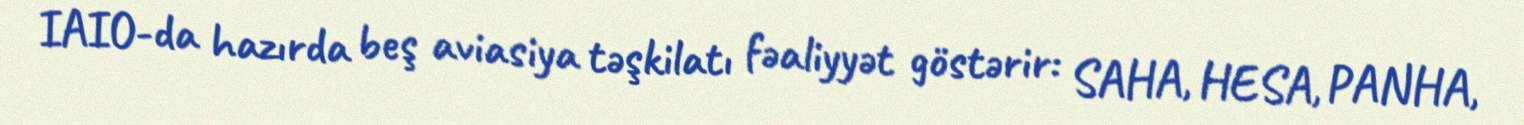
IAIO-da hazırda beş aviasiya təşkilatı fəaliyyət göstərir: SAHA, HESA, PANHA,